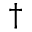
^ \dagger